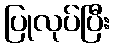
ပြုလုပ်ပြီး